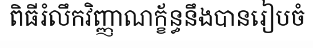
ពិធីរំលឹកវិញ្ញាណក្ខ័ន្ធនឹងបានរៀបចំ